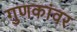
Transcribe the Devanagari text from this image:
गुणकांवर